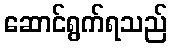
ဆောင်ရွက်ရသည်